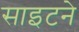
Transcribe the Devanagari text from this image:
साइटने